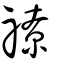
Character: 𥛰